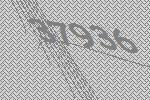
37936